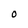
Character: O